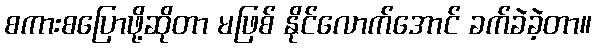
စကားစပြောဖို့ဆိုတာ မဖြစ် နိုင်လောက်အောင် ခက်ခဲခဲ့တာ။